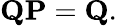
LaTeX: \mathbf{QP}=\mathbf{Q}.